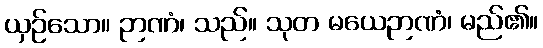
ယှဉ်သော။ ဉာဏံ၊ သည်။ သုတ မယေဉာဏံ၊ မည်၏။